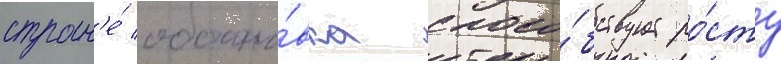
стран'е́ обстано́вка спосо́бствует ро́сту